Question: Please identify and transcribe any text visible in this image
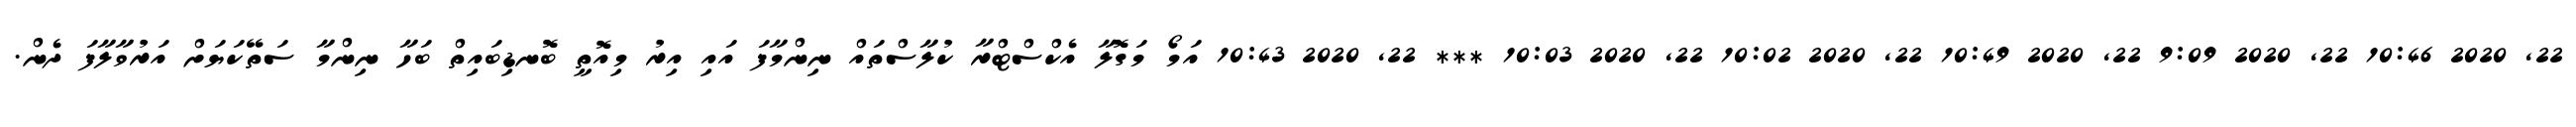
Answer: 22, 2020 10:46 22, 2020 9:09 22, 2020 10:49 22, 2020 10:02 22, 2020 10:03 *** 22, 2020 10:43 އަމޯ މަގޮލާ އެކްސްޓްރާ ކުލާސްތައް ނިންމާފަ އައި އިރު މިއޮތީ ބޮނޑިބައިތް ބަހާ ނިންމާ ސަތޭކަޔަށް އަރުވާލާފަ ދެން.